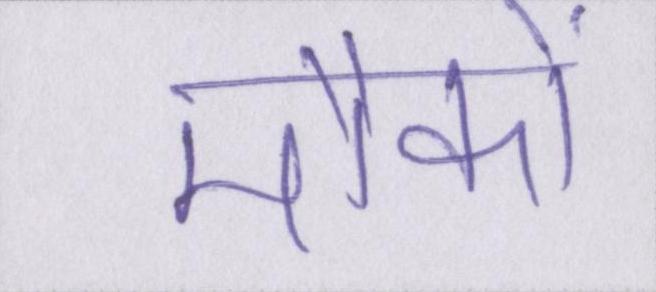
मौकों